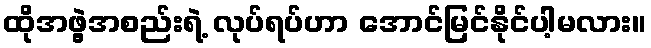
ထိုအဖွဲ့အစည်းရဲ့ လုပ်ရပ်ဟာ အောင်မြင်နိုင်ပါ့မလား။